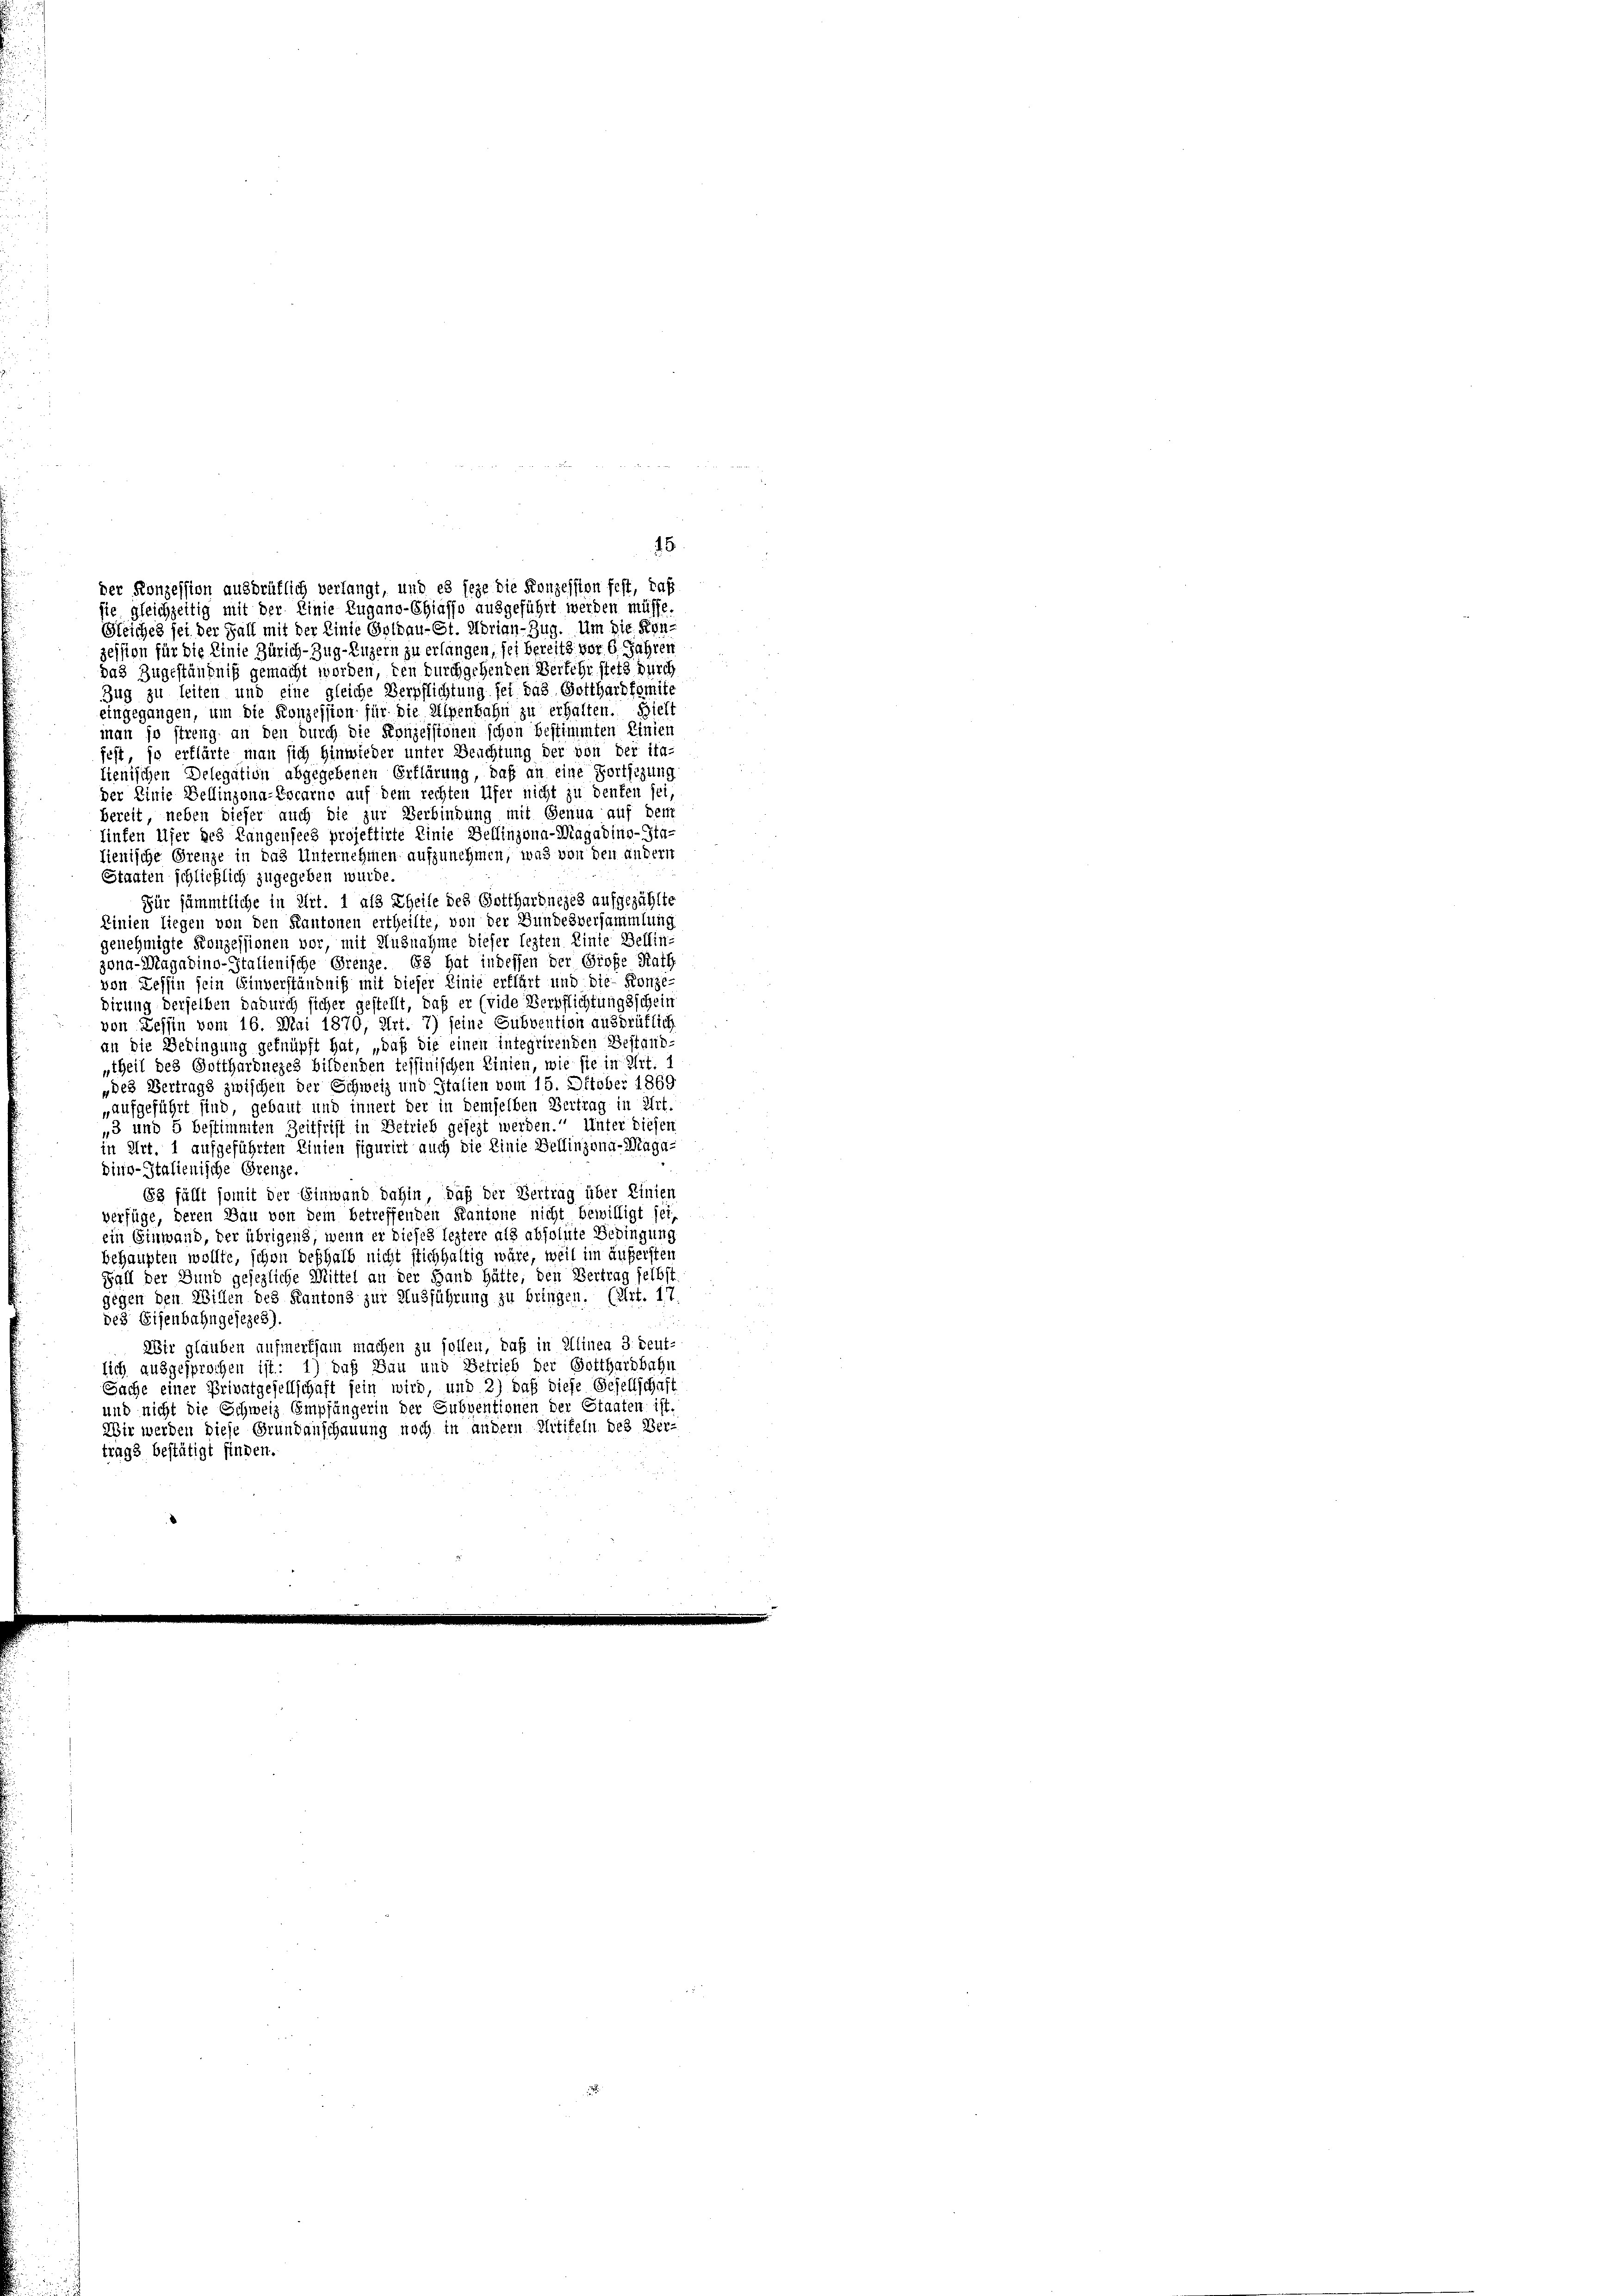
15
der Konzession ausbrüflich verlangt, und es jeze die Konzession fest, daß
sie gleichzeitig mit der Einie Zugano-Chiasso ausgeführt werden müsse.

Gleiches sei der Fall mit der Linie Gotzau-St. Morian-Zug. Um die Kon-
zession für die Linie Zürich–Zug–Luzern zu erlangen, sei bereits vor 6 Jahren
das Zugeständniß gemacht worden, den durchgehenden Verkehr stets durch
Zug zu leiten und eine gleiche Verpflichtung sei das Gotthardkomite
eingegangen, um die Konzession für die Alpenbahn zu erhalten. Hielt
man so streng an den durch die Konzessionen schon bestimmten Linien
fest, so erklärte man sich hinwieder unter Beachtung der von der ita-
lienischen Delegation abgegebenen Erklärung, daß an eine Fortsizung
der Einie Bellinzona-Locarne auf dem rechten Ufer nicht zu denken sei,
bereit, neben dieser auch die zur Verbindung mit Genua auf dem
linten Ufer des Langensees projektirte Einie Bellinzona-Magadino-Sta-
lienische Grenze in das Unternehmen aufzunehmen, was von den andern
Staaten schließlich zugegeben wurde.
Für sämmtliche in Art. 1 als Theile des Gottharbnejes aufgezählte
Linien liegen von den Kantonen ertheilte, von der Bundesversammlung
genehmigte Konzessionen vor, mit Ausnahme dieser lezten Linie Bellin-
zona-Magadino-Italienische Grenze. Es hat indessen der Große Rath
von Zessin sein Einverständniß mit dieser Linie erklärt und die Konzedirung derselben dadurch sicher gestellt, daß er (vide Verpflichtungsschein
von Zessin vom 16. Mai 1870, Art. 7) seine Subvention ausdrüklich
an die Bedingung geknüpft hat, „daß die einen integrirenden Bestand-
„theil des Gottharduezes bildenden Tessinischen Linien, wie sie in Art.
„des Vertrags zwischen der Schweiz und Italien vom 15. Oktober 1869
„aufgeführt sind, gebaut und innert der in demselben Vertrag in Art.
„3 und 5 bestimmten Zeitfrist in Betrieb gesezt werden. Unter diesen
in Art. 1 aufgeführten Linien figurirt auch die Linie Bellinzona-Maga-
dino-Italienische Grenze.
63 fällt somit der Einwand dahin, daß der Vertrag über Linien
verfüge, deren Bau von dem betreffenden Kantone nicht bewilligt sei,
ein Einwand, der übrigens, wenn er dieses leztere als absolute Bedingung
behaupten wollte, schon deshalb nicht stichhaltig wäre, weil im äußersten
Fall der Bund gesezliche Mittel an der Hand hätte, den Vertrag selbst
gegen den Willen des Kantons zur Ausführung zu bringen. (Art. 17
des Eisenbahngesezes).
Wir glauben aufmerksam machen zu sollen, daß in Alinea 3. deut-
lich ausgesprochen ist: 1) daß Bau und Getrieb der Gotthardbahn
Sache einer Privatgesellschaft sein wird, und 2) daß diese Gesellschaft
und nicht die Schweiz Empfängerin der Subventionen der Staaten ist.
Wir werden diese Grundanschauung noch in andern Glitifeln des Ver-
trags bestätigt finden.